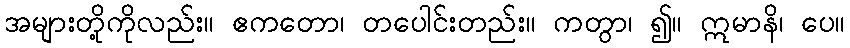
အများတို့ကိုလည်း။ ဧကတော၊ တပေါင်းတည်း။ ကတွာ၊ ၍။ ဣမာနိ၊ ပေ။